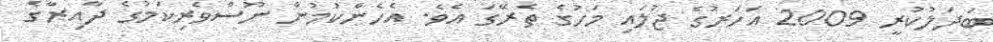
ބަދަލުކުރީ 2009 އަހަރުގެ ޖުލައި މަހުގެ ތެރޭގަ އެވެ. އެހެންކަމުން ނޫސްވެރިކަމުގެ ދާއިރާގެ